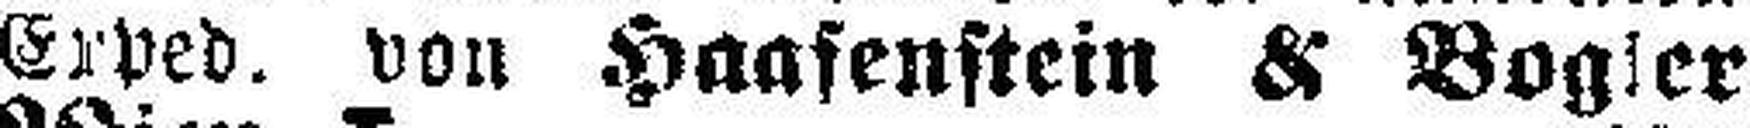
Erped. von Haafenstein & Bogler,